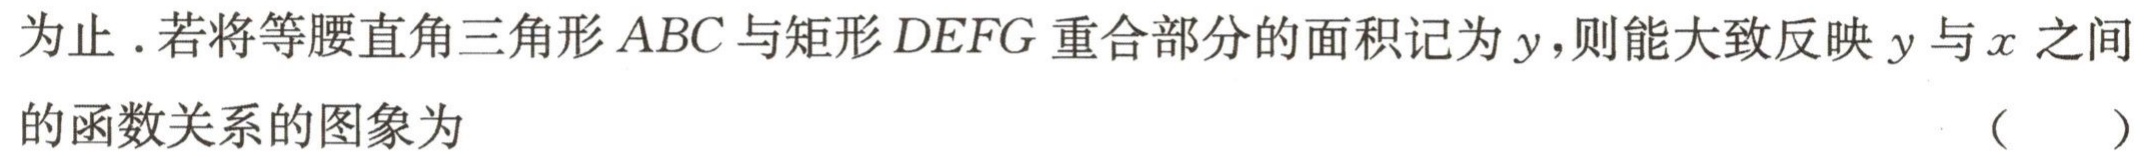
为止 .若将等腰直角三角形$ABC$与矩形$DEFG$重合部分的面积记为$y$，则能大致反映$y$与$x$之间的函数关系的图象为 （  ）